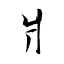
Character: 爿